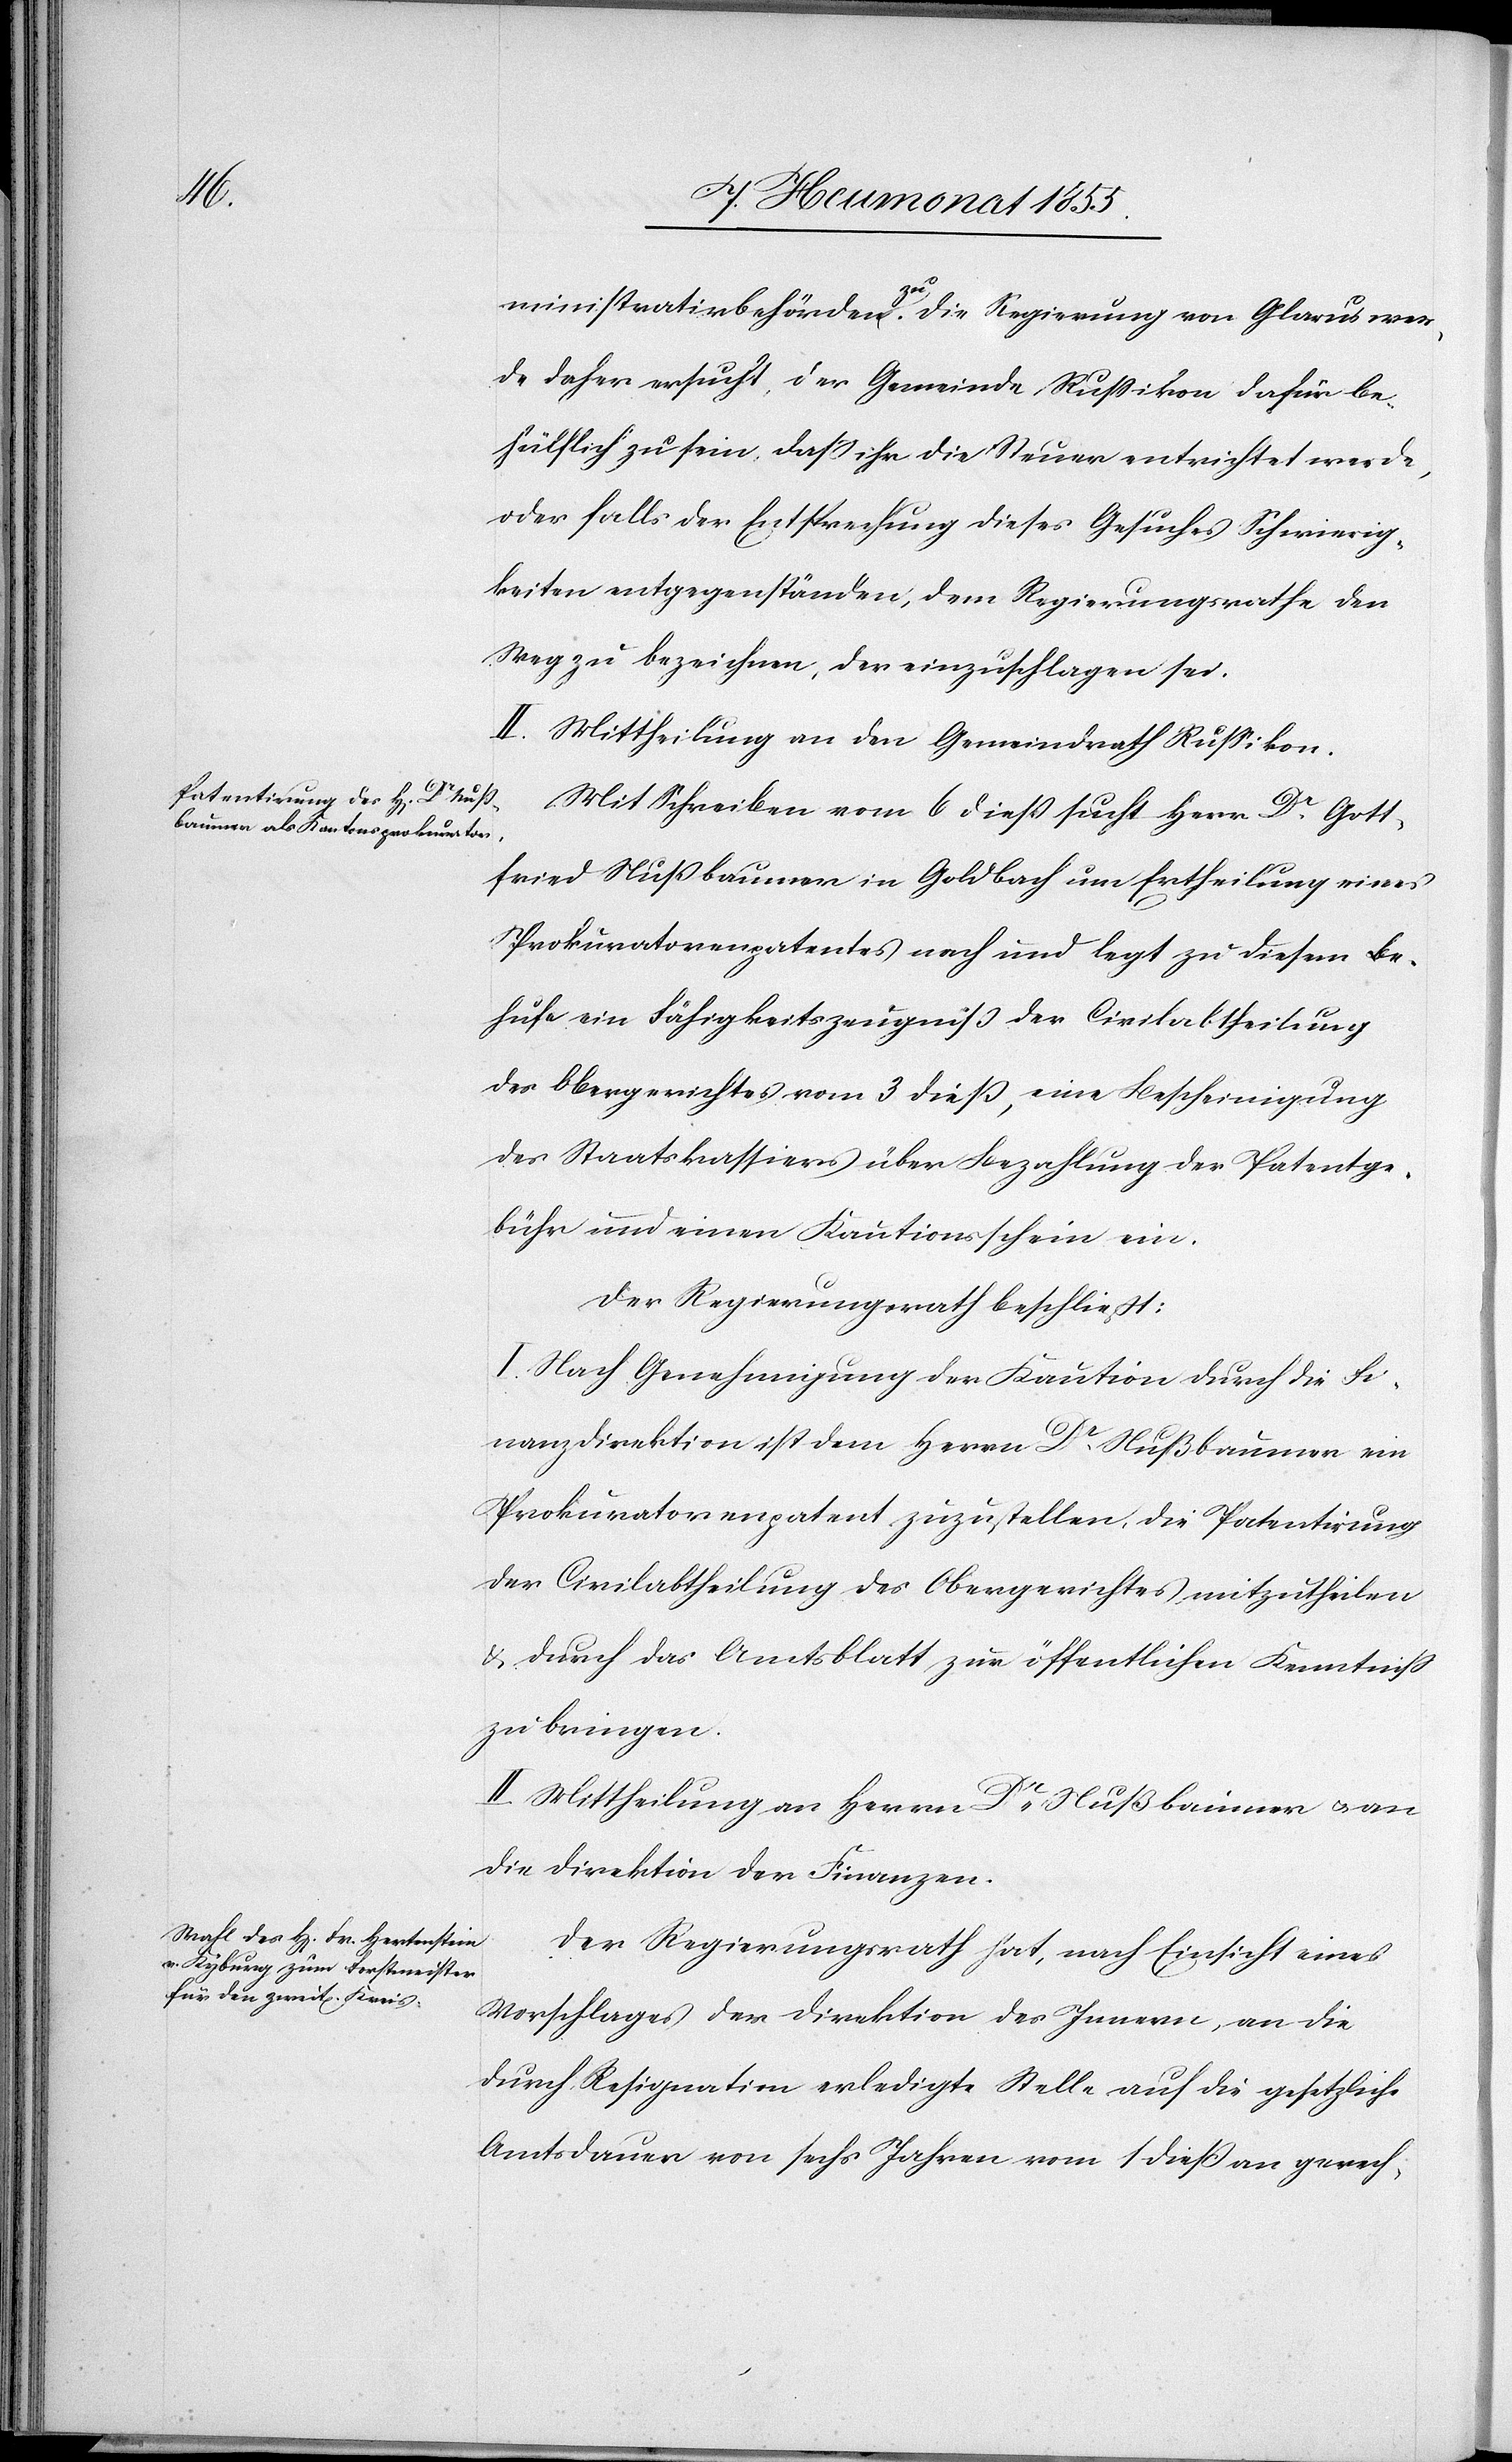
ministrativbehörden zu. Die Regierung von Glarus wer¬
de daher ersucht, der Gemeinde Russikon dafür be¬
hülflich zu sein, dass ihr die Steuer entrichtet werde,
oder falls der Entsprechung dieses Gesuches Schwierig¬
keiten entgegenständen, dem Regierungsrathe den
Weg zu bezeichnen, der einzuschlagen sei.
II. Mittheilung an den Gemeindrath Russikon.
Mit Schreiben vom 6 diess sucht Herr Dr. Gott¬
fried Nußbaumer in Goldbach um Ertheilung eines
Prokuratorenpatentes nach und legt zu diesem Be¬
hufe ein Fähigkeitszeugniß der Civilabtheilung
des Obergerichtes vom 3 dieß, eine Bescheinigung
des Staatskassiers über Bezahlung der Patentge¬
bühr und einen Kautionsschein ein.
Der Regierungsrath beschließt:
I. Nach Genehmigung der Kaution durch die Fi¬
nanzdirektion ist dem Herrn Dr. Nußbaumer ein
Prokuratorenpatent zuzustellen, die Patentirung
der Civilabtheilung des Obergerichtes mitzutheilen
& durch das Amtsblatt zur öffentlichen Kenntniss
zu bringen.
II. Mittheilung an Herrn Dr. Nußbaumer & an
die Direktion der Finanzen.
Der Regierungsrath hat, nach Einsicht eines
Vorschlages der Direktion des Innern, an die
durch Resignation erledigte Stelle auf die gesetzliche
Amtsdauer von sechs Jahren vom 1 dieß an gerech-